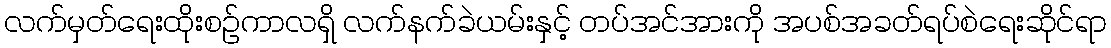
လက်မှတ်ရေးထိုးစဉ်ကာလရှိ လက်နက်ခဲယမ်းနှင့် တပ်အင်အားကို အပစ်အခတ်ရပ်စဲရေးဆိုင်ရာ